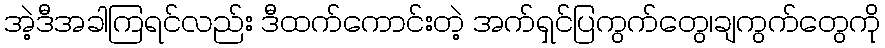
အဲ့ဒီအခါကြရင်လည်း ဒီထက်ကောင်းတဲ့ အက်ရှင်ပြကွက်တွေ၊ချကွက်တွေကို